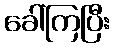
ခေါ်ကြပြီး